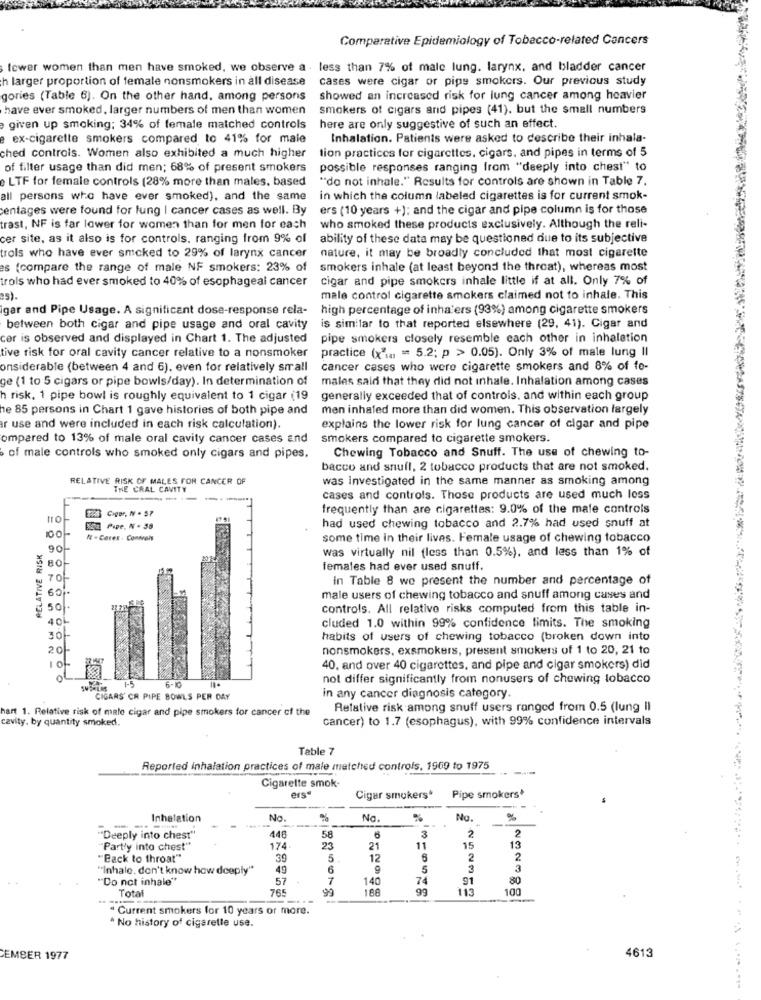
Comparative Epidemiology of Tobacco-related Cancers
fewer women than men have smoked, we observe a . less than 7% of male lung. larynx, and bladder cancer
h larger proportion of female nonsmokers in all disease
cases were cigar or pipe smokers. Our previous study
gories (Table 6). On the other hand, among persons
showed an increased risk for lung cancer among heavier
have ever smoked, larger numbers of men than women
smokers of cigars and pipes (41). but the small numbers
given up smoking; 34% of female matched controls here are only suggestive of such an effect.
e ex-cigarette smokers compared to 41% for male
Inhalation. Patients were asked to describe their inhala-
ched controls. Women also exhibited a much higher
tion practices for cigarettes, cigars, and pipes in terms of 5
of filter usage than did men; 68% of present smokers
possible responses ranging from "deeply into chest" to
LTF for female controls (28% more than males, based
""do not inhale." Results for controls are shown in Table 7.
all persons who have ever smoked), and the same
in which the column labeled cigarettes is for current smok-
centages were found for lung | cancer cases as well. By
ers (10 years +); and the cigar and pipe column is for those
trast, NF is far lower for women than for men for each
who smoked these products exclusively. Although the reli-
cer site, as it also is for controls, ranging from 9% of
ability of these data may be questioned due to its subjective
nature, it may be broadly concluded that most cigarette
trols who have ever smoked to 29% of larynx cancer
es (compare the range of male NF smokers: 23% of
smokers inhale (at least beyond the throat), whereas most
trols who had ever smoked to 40% of esophageal cancer
cigar and pipe smokers inhale little if at all. Only 7% of
5).
male control cigarette smokers claimed not to inhale. This
gar and Pipe Usage. A significant dose-response rela-
high percentage of inha'ers (93%) among cigarette smokers
between both cigar and pipe usage and oral cavity
is similar to that reported elsewhere (29, 41). Cigar and
cor is observed and displayed in Chart 1. The adjusted
pipe smokers closely resemble each other in inhalation
practice (x"w = 5.2; p > 0.05). Only 3% of male lung II
tive risk for oral cavity cancer relative to a nonsmoker
onsiderable (between 4 and 6), even for relatively small
cancer cases who were cigarette smokers and 8% of fe-
ge (1 to 5 cigars or pipe bowls/day). In determination of
males said that they did not inhale. Inhalation among cases
h risk, 1 pipe bowl is roughly equivalent to 1 cigar (19
generally exceeded that of controls. and within each group
he 85 persons in Chart 1 gave histories of both pipe and
men inhaled more than did women. This observation largely
ar use and were included in each risk calculation).
explains the lower risk for lung cancer of cigar and pipe
ompared to 13% of male oral cavity cancer cases and
smokers compared to cigarette smokers.
of male controls who smoked only cigars and pipes.
Chewing Tobacco and Snuff. The use of chewing to-
bacco and snufl, 2 tobacco products that are not smoked.
RELATIVE RISK OF MALES FOR CANCER OF
was Investigated in the same manner as smoking among
THE CRAL CAVITY
-----
cases and controls. Those products are used much less
ER Coger, NV - 57
frequently than are cigarettes: 9.0% of the male controls
EZ2 Pipe, N . 38
had used chewing tobacco and 2.7% had used snuff at
100-
N-Cores . Consvais
some time in their lives. Female usage of chewing tobacco
RELATIVE RISK
90-
was virtually nil (less than 0.5%), and less than 1% of
females had ever used snuff.
70-
in Table 8 we present the number and percentage of
60%-
male users of chewing tobacco and snuff among cases and
@ 50.
controls. All relative risks computed from this table in-
40L
cluded 1.0 within 99% confidence limits. The smoking
30-
habits of users of chewing tobacco (broken down into
20-
nonsmokers, exsmokers, present smokers of 1 to 20, 21 to
10
40, and over 40 cigarettes, and pipe and cigar smokers) did
OL
1.5
not differ significantly from nonusers of chewing tobacco
6-10
CIGARS' CR PIPE BOWLS PER DAY
in any cancer diagnosis category.
hart 1. Relative risk of male cigar and pipe smokers for cancer of the
Relative risk among snuff users ranged from 0.5 (lung Il
cavity. by quantity smoked.
cancer) to 1.7 (esophagus), with 99% confidence intervals
Table 7
Reported inhalation practices of male matched controls. 1969 to 1975
-
Cigarette smok-
ers-
Cigar smokers
Pipe smokers*
Inhalation
No.
%
No.
No.
%
2
2
"Deeply into chest"
446
58
3
"Part'y into chest"
174
23
21
11
15
13
"Back to throat"
39
5
12
6
2
2
"Inhale, don't know how deeply"
49
6
5
3
3
"Do not inhale"
57
7
140
74
91
80
Total
765
99
108
99
113
100
Current smokers for 10 years or more.
No history of cigaretle use.
CEMBER 1977
4613